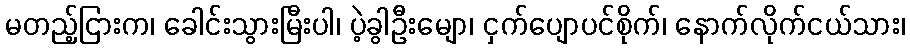
မတည့်ငြားက၊ ခေါင်းသွားမြီးပါ၊ ပဲ့ခွါဦးမျော၊ ငှက်ပျောပင်စိုက်၊ နောက်လိုက်ငယ်သား၊